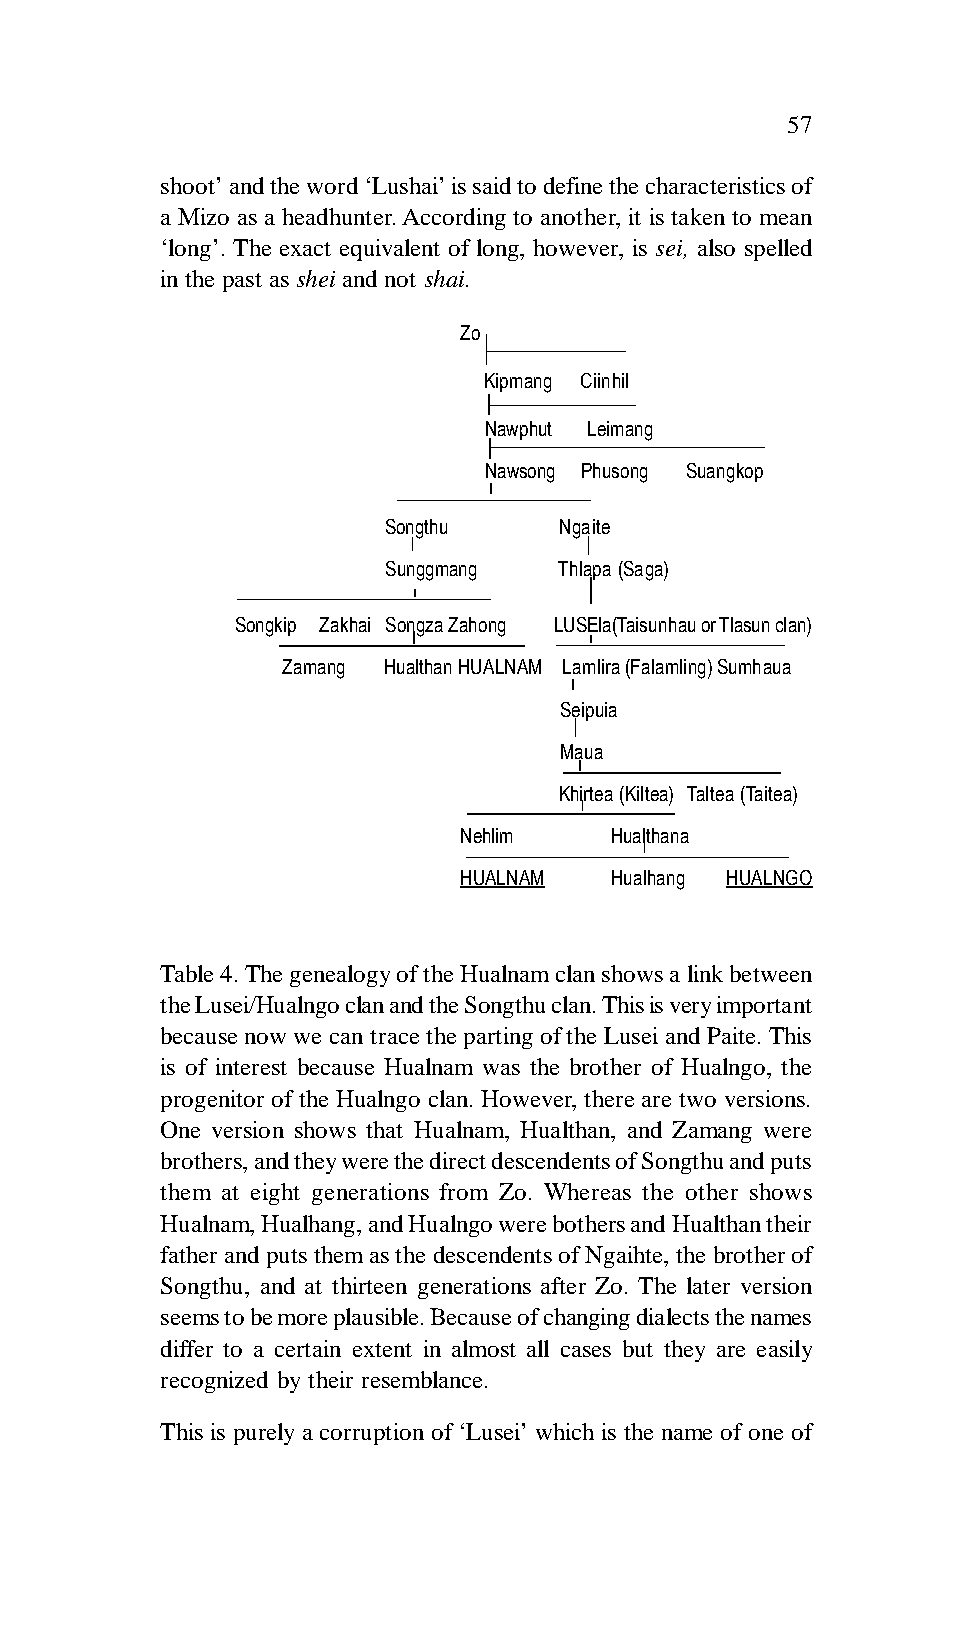
57
 shoot’ and the word ‘Lushai’ is said to define the characteristics of
 a Mizo as a headhunter. According to another, it is taken to mean
 ‘long’. The exact equivalent of long, however, is sei, also spelled
 in the past as shei and not shai.
 Zo
 Kipmang Ciinhil
 Nawphut Leimang
 Nawsong Phusong Suangkop
 Songthu     Ngaite
 Sunggmang   Thlapa (Saga)
 Songkip Zakhai Songza Zahong LUSEla(Taisunhau or Tlasun clan)
 Zamang Hualthan HUALNAM Lamlira (Falamling) Sumhaua
 Seipuia
 Maua
 Khirtea (Kiltea) Taltea (Taitea)
 Nehlim    Hualthana
 HUALNAM   Hualhang HUALNGO
 Table 4. The genealogy of the Hualnam clan shows a link between
 the Lusei/Hualngo clan and the Songthu clan. This is very important
 because now we can trace the parting of the Lusei and Paite. This
 is of interest because Hualnam was the brother of Hualngo, the
 progenitor of the Hualngo clan. However, there are two versions.
 One version shows that Hualnam, Hualthan, and Zamang were
 brothers, and they were the direct descendents of Songthu and puts
 them at eight generations from Zo. Whereas the other shows
 Hualnam, Hualhang, and Hualngo were bothers and Hualthan their
 father and puts them as the descendents of Ngaihte, the brother of
 Songthu, and at thirteen generations after Zo. The later version
 seems to be more plausible. Because of changing dialects the names
 differ to a certain extent in almost all cases but they are easily
 recognized by their resemblance.
 This is purely a corruption of ‘Lusei’ which is the name of one of